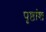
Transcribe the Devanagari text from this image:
पृष्ठांश